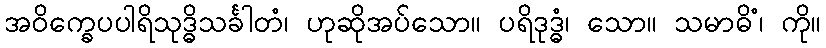
အဝိက္ခေပပါရိသုဒ္ဓိသင်္ခါတံ၊ ဟုဆိုအပ်သော။ ပရိဒုဒ္ဓံ၊ သော။ သမာဓိံ၊ ကို။